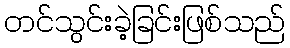
တင်သွင်းခဲ့ခြင်းဖြစ်သည်